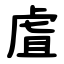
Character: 虘